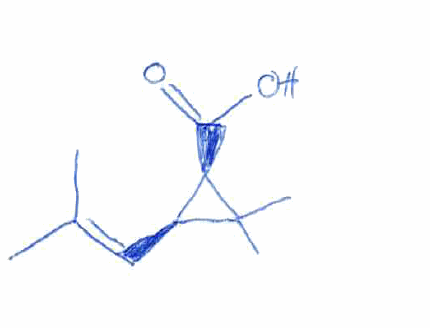
Simplified molecular-input line-entry system (SMILES) notation of the given molecule:
CC(=C[C@H]1[C@H](C1(C)C)C(=O)O)C